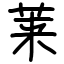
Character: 莱